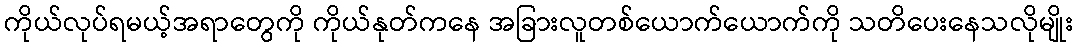
ကိုယ်လုပ်ရမယ့်အရာတွေကို ကိုယ်နုတ်ကနေ အခြားလူတစ်ယောက်ယောက်ကို သတိပေးနေသလိုမျိုး